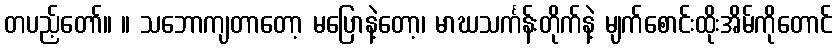
တပည့်တော်။ ။ သဘောကျတာတော့ မပြောနဲ့တော့၊ မာဃသင်္ကန်းတိုက်နဲ့ မျက်စောင်းထိုးအိမ်ကိုတောင်